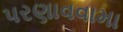
પરણાવવામા